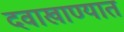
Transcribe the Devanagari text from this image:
दवाखाण्यात